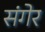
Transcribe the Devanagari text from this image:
संगेर